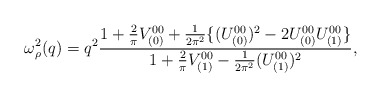
\begin{align*}\omega^{2}_{\rho}(q) = q^{2} \frac{ 1 + \frac{2}{\pi} V_{(0)}^{00} + \frac{1}{2 \pi ^{2}}\{(U_{(0)}^{00})^{2} - 2 U_{(0)}^{00} U_{(1)}^{00}\} }{1 + \frac{2}{\pi} V_{(1)}^{00} - \frac{1}{2 \pi ^{2}} (U_{(1)}^{00})^{2}}, \end{align*}